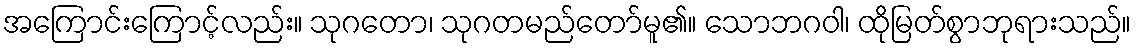
အကြောင်းကြောင့်လည်း။ သုဂတော၊ သုဂတမည်တော်မူ၏။ သောဘဂဝါ၊ ထိုမြတ်စွာဘုရားသည်။